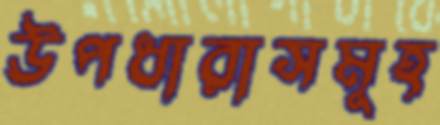
উপধারাসমূহ